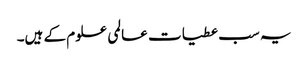
یہ سب عطیات عالمی علوم کے ہیں۔